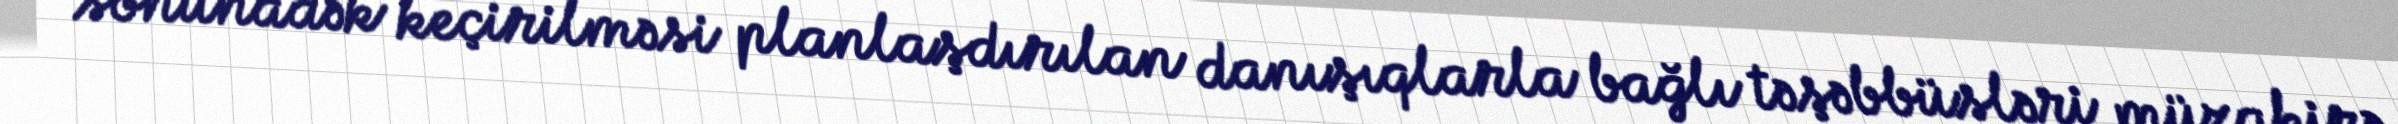
sonunadək keçirilməsi planlaşdırılan danışıqlarla bağlı təşəbbüsləri müzakirə